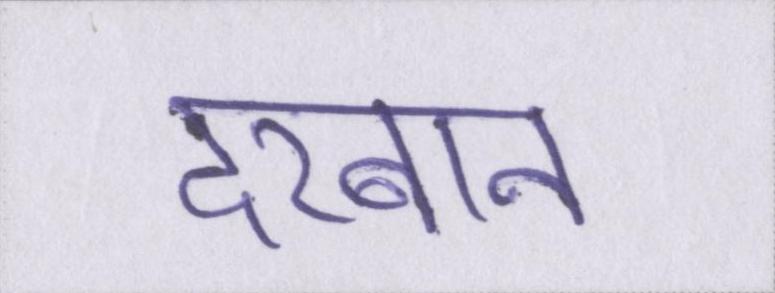
दरबान